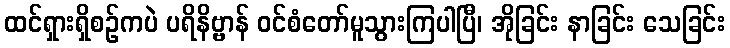
ထင်ရှားရှိစဉ်ကပဲ ပရိနိဗ္ဗာန် ဝင်စံတော်မူသွားကြပါပြီ၊ အိုခြင်း နာခြင်း သေခြင်း